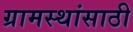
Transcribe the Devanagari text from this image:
ग्रामस्थांसाठी